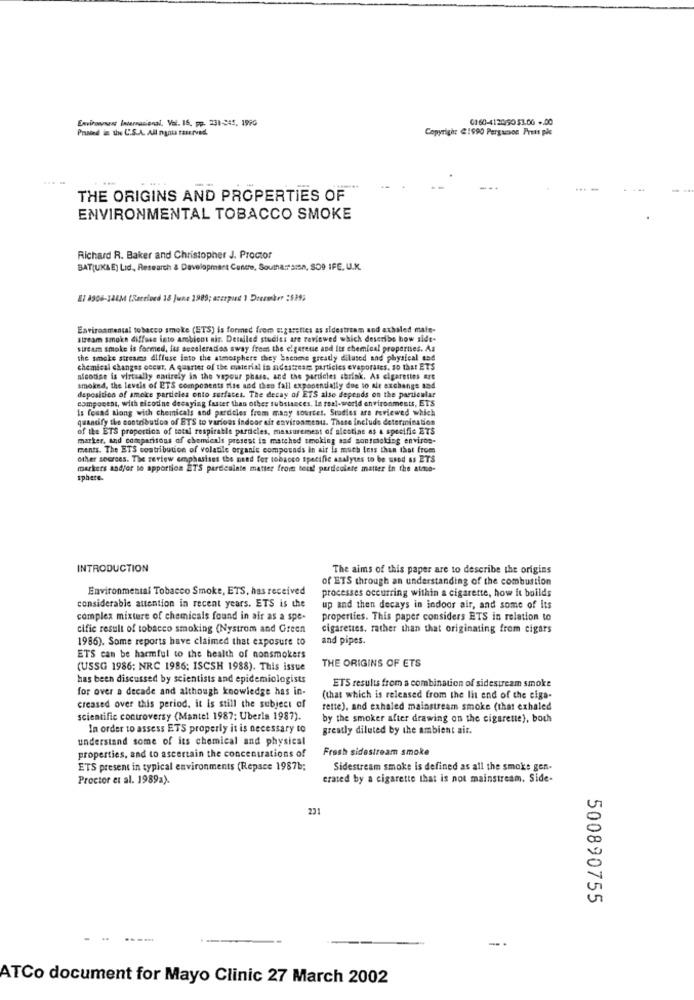
Environnass Internacional, Vol. 16, pp. 231-245. 1990
0160-412050 $1.00 .. 00
Printed in the C.S.A. All nyou taserved.
Copyright @1990 Pergamon Press ple
....
THE ORIGINS AND PROPERTIES OF
ENVIRONMENTAL TOBACCO SMOKE
Richard R. Baker and Christopher J. Proctor
BAT(UKAE) Lid, Research & Development Conche, Southa: sin, SO9 IFE. U.K.
El 8506-148M (Sareived 18 June 1989; occrpud ) Drummerr :$29;
Environmental tobacco smoke (ETS) is formed from cigarettes as sidestream and axholed male-
stream Smoke diffuse into ambiont air. Detailed studies are reviewed which describe how side-
stream smoke is formed, its secaleradios sway from the cigarenie and its chemical properties. As
the smoke streams diffuse into the atmosphere they become greatly diluted and physical and
chemical changes occur. A quarter of the material in sidestream particles evaporates, so that ETS
alcodise is virtually entirely in the vapour phase, and the particles shrink. As cigarettes are
smoked, the levels of ETS components rise and then fall exponentially due to air exchange and
component, with nicotine decaying faster than other substances. In real-world environments, ETS
deposition of ameke particles onto surfaces. The decay of ETS alse depends on the particular
Is found along with chemicals and particles from many sources. Studies are reviewed which
quantify the contribution of ETS to various indoor air environment. These include determination
of the ETS proportion of total respirable particles, measurement of alcotine as a specific ETS
marker, and comparisons of chemicals presest is matched smoking and sonsmoking enviros-
ments. The ETS contribution of volatile organic compounds in air is much less than that from
other sources. The review emphasiset the need for tobacco specific asalytes to be used as ETS
markers and/or to apportion ETS particulate matter from tout! particulate matter in the atme-
sphere.
INTRODUCTION
The aims of this paper are to describe the origins
of ETS through an understanding of the combustion
Environmental Tobacco Smoke, ETS, has received
processes occurring within a cigarette, how it builds
considerable attention in recent years. ETS is the
up and then decays in indoor air, and some of Its
complex mixture of chemicals found in air as a spe-
properties. This paper considers ETS in relation to
cific result of tobacco smoking (Nystrom and Green
cigarettes, rather than that originating from cigars
1986). Some reports have claimed that exposure to
and pipes.
ETS can be harmful to the health of nonsmokers
THE ORIGINS OF ETS
(USSG 1986; NRC 1986: ISCSH 1988). This issue
has been discussed by scientists and epidemiologists
for over a decade and although knowledge has in-
ETS results from a combination of sidestream smoke
(that which is released from the lit end of the eiga-
creased over this period. it is still the subject of
rette), and exhaled mainstream smoke (that exhaled
scientific controversy (Mantel 1987; Uberla 1987).
by the smoker after drawing on the cigarette), both
In order to assess ETS properly it is necessary to
greatly diluted by the ambient air.
understand some of its chemical and physical
Fresh sidestream smoke
properties, and to ascertain the concentrations of
ETS present in typical environments (Repace 1987b;
Sidestream smoke is defined as all the smoke gen-
Proctor et al. 1989a).
erated by a cigarette that is not mainstream. Side-
231
500890755
----
-
ATCo document for Mayo Clinic 27 March 2002